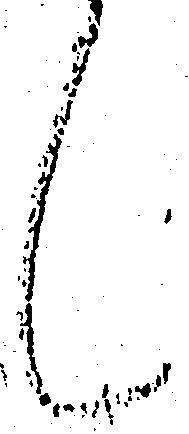
く